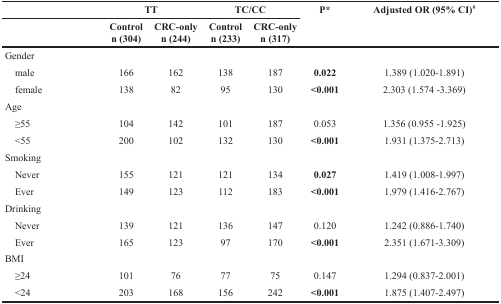
<table><thead><tr><td></td><td colspan="2"><b>TT</b></td><td colspan="2"><b>TC/CC</b></td><td rowspan="2"><b>P*</b></td><td rowspan="2"><b>Adjusted OR (95% CI)<sup>#</sup></b></td></tr><tr><td></td><td><b>Controln (304)</b></td><td><b>CRC-onlyn (244)</b></td><td><b>Controln (233)</b></td><td><b>CRC-onlyn (317)</b></td></tr></thead><tbody><tr><td>Gender</td><td></td><td></td><td></td><td></td><td></td><td></td></tr><tr><td> male</td><td>166</td><td>162</td><td>138</td><td>187</td><td><b>0.022</b></td><td>1.389 (1.020-1.891)</td></tr><tr><td> female</td><td>138</td><td>82</td><td>95</td><td>130</td><td><b>&lt;0.001</b></td><td>2.303 (1.574-3.369)</td></tr><tr><td>Age</td><td></td><td></td><td></td><td></td><td></td><td></td></tr><tr><td> ≥55</td><td>104</td><td>142</td><td>101</td><td>187</td><td>0.053</td><td>1.356 (0.955-1.925)</td></tr><tr><td> &lt;55</td><td>200</td><td>102</td><td>132</td><td>130</td><td><b>&lt;0.001</b></td><td>1.931 (1.375-2.713)</td></tr><tr><td>Smoking</td><td></td><td></td><td></td><td></td><td></td><td></td></tr><tr><td> Never</td><td>155</td><td>121</td><td>121</td><td>134</td><td><b>0.027</b></td><td>1.419 (1.008-1.997)</td></tr><tr><td> Ever</td><td>149</td><td>123</td><td>112</td><td>183</td><td><b>&lt;0.001</b></td><td>1.979 (1.416-2.767)</td></tr><tr><td>Drinking</td><td></td><td></td><td></td><td></td><td></td><td></td></tr><tr><td> Never</td><td>139</td><td>121</td><td>136</td><td>147</td><td>0.120</td><td>1.242 (0.886-1.740)</td></tr><tr><td> Ever</td><td>165</td><td>123</td><td>97</td><td>170</td><td><b>&lt;0.001</b></td><td>2.351 (1.671-3.309)</td></tr><tr><td>BMI</td><td></td><td></td><td></td><td></td><td></td><td></td></tr><tr><td> ≥24</td><td>101</td><td>76</td><td>77</td><td>75</td><td>0.147</td><td>1.294 (0.837-2.001)</td></tr><tr><td> &lt;24</td><td>203</td><td>168</td><td>156</td><td>242</td><td><b>&lt;0.001</b></td><td>1.875 (1.407-2.497)</td></tr></tbody></table>